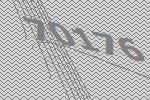
70176